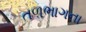
તળભાગના